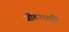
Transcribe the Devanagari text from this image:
जीवनस्मृति